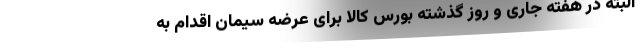
البته در هفته جاری و روز گذشته بورس کالا برای عرضه سیمان اقدام به